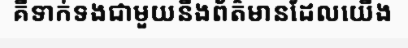
គឺទាក់ទងជាមួយនឹងព័ត៌មានដែលយើង